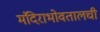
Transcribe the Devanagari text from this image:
मंदिराभोवतालची